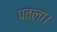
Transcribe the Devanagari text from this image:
पतला।